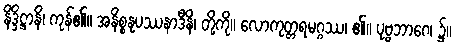
နိဒ္ဒိဋ္ဌာနိ၊ ကုန်၏။ အနိစ္စနုပဿနာဒီနိ၊ တို့ကို။ လောကုတ္တရမဂ္ဂဿ၊ ၏။ ပုဗ္ဗဘာဂေ၊ ၌။